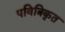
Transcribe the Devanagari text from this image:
पवित्रिकृत